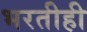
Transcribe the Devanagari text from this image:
भरतीही